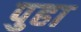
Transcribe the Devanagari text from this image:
पुहा